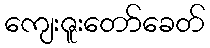
ကျေးဇူးတော်ခေတ်